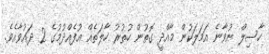
ހާސިލް ނުވާނެ އަމަލަކުން މާއްދީ ގޮތުން ހުތުރު ހާލަތެއް އުފެއްދުމުގެ 2 ދައުވާއެވެ.